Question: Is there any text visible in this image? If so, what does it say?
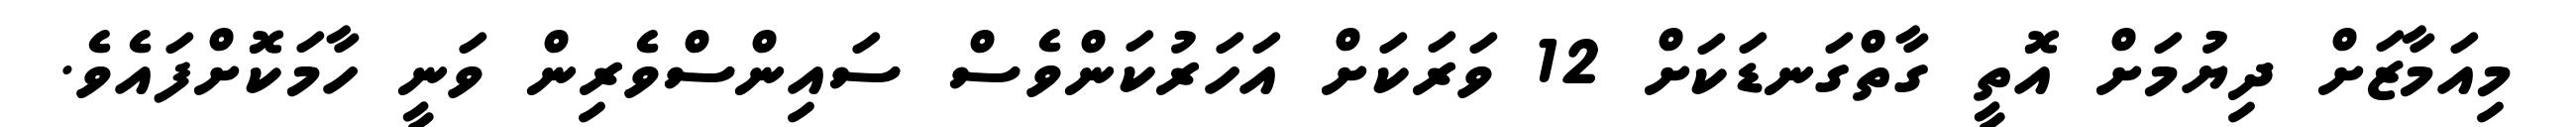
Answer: މިއަމާޒަށް ދިޔުމަށް އޮތީ ގާތްގަނޑަކަށް 12 ވަރަކަށް އަހަރުކަންވެސް ސައިންސްވެރިން ވަނީ ހާމަކޮށްފައެވެ.